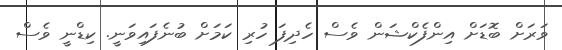
ވަރަށް ބޮޑަށް އިންފެކްޝަން ވެސް ހެދިފަ ހުރި ކަމަށް ބުނެފައިވަނީ. ކިޑްނީ ވެސް